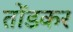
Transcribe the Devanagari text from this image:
तोंडकर